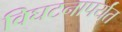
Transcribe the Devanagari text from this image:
विघटनापर्यंत